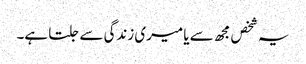
یہ شخص مجھ سے یا میری زندگی سے جلتا ہے۔